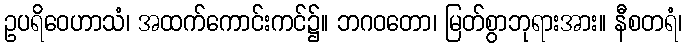
ဥပရိဝေဟာသံ၊ အထက်ကောင်းကင်၌။ ဘဂဝတော၊ မြတ်စွာဘုရားအား။ နီစတရံ၊